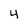
Character: 4